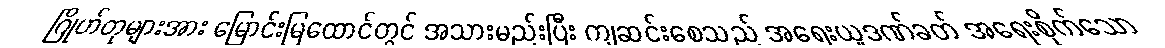
ဂြိုဟ်တုများအား မြောင်းမြထောင်တွင် အသားမည်းပြီး ကျဆင်းစေသည် အရေးယူဒဏ်ခတ် အရေးစိုက်သော